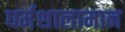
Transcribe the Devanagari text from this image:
धर्मशालामान